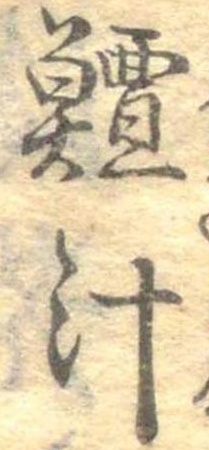
鱣汁